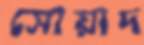
সোয়াদ